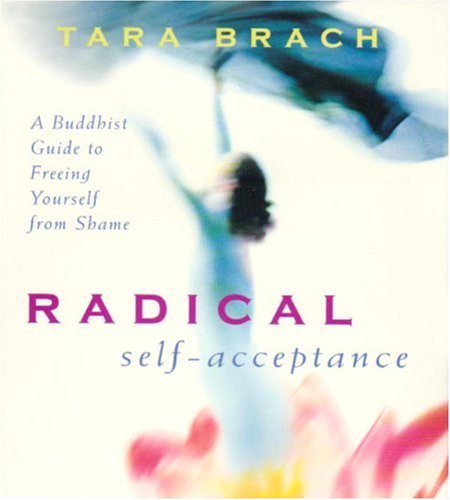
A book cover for Radical Self-Acceptance: A Buddhist Guide to Freeing Yourself from Shame; Tara Brach; Religion & Spirituality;